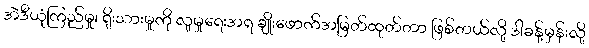
အဲဒီယုံကြည်မှု၊ ရိုးသားမှုကို လူမှုရေးအရ ချိုးဖောက်အမြတ်ထုတ်တာ ဖြစ်တယ်လို့ ဒါခန့်မှန်းလို့